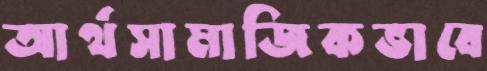
আর্থসামাজিকভাবে